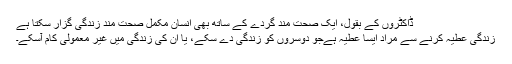
ڈاکٹروں کے بقول، ایک صحت مند گردے کے ساتھ بھی انسان مکمل صحت مند زندگی گزار سکتا ہے
زندگی عطیہ کرنے سے مراد ایسا عطیہ ہےجو دوسروں کو زندگی دے سکے، یا اُن کی زندگی میں غیر معمولی کام آسکے۔